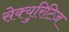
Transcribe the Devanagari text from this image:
सेक्युरिटिज़